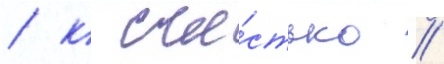
/ к сча́стью /